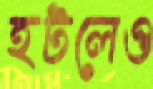
হটলেও